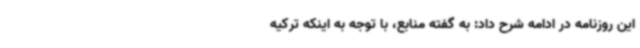
این روزنامه در ادامه شرح داد: به گفته منابع، با توجه به اینکه ترکیه